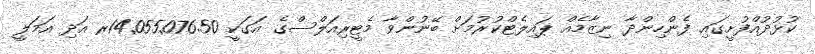
ކުޅުދުއްފުށީގައި ފެންހިންދާ ނިޒާމެއް ޕައިލެޓްކުރުމަށް ބޭނުންވާ މެޓީރިއަލްސްގެ އަގަކީ 14